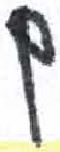
אות: ם